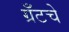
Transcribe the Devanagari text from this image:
ग्रँटचे